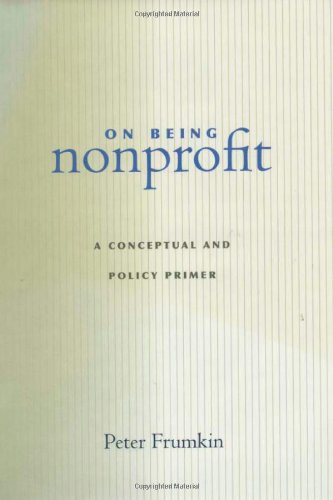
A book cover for On Being Nonprofit: A Conceptual and Policy Primer; Peter Frumkin; Politics & Social Sciences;